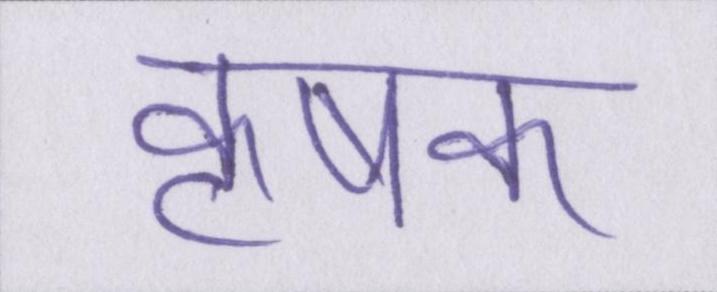
कृषक